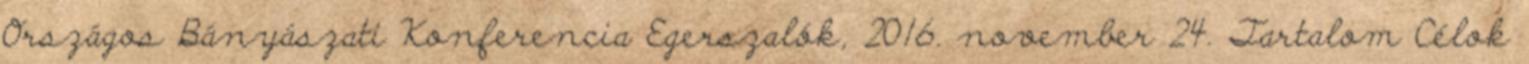
Országos Bányászati Konferencia Egerszalók, 2016. november 24. Tartalom Célok